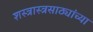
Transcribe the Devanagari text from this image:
शस्त्रास्त्रसाठ्यांच्या